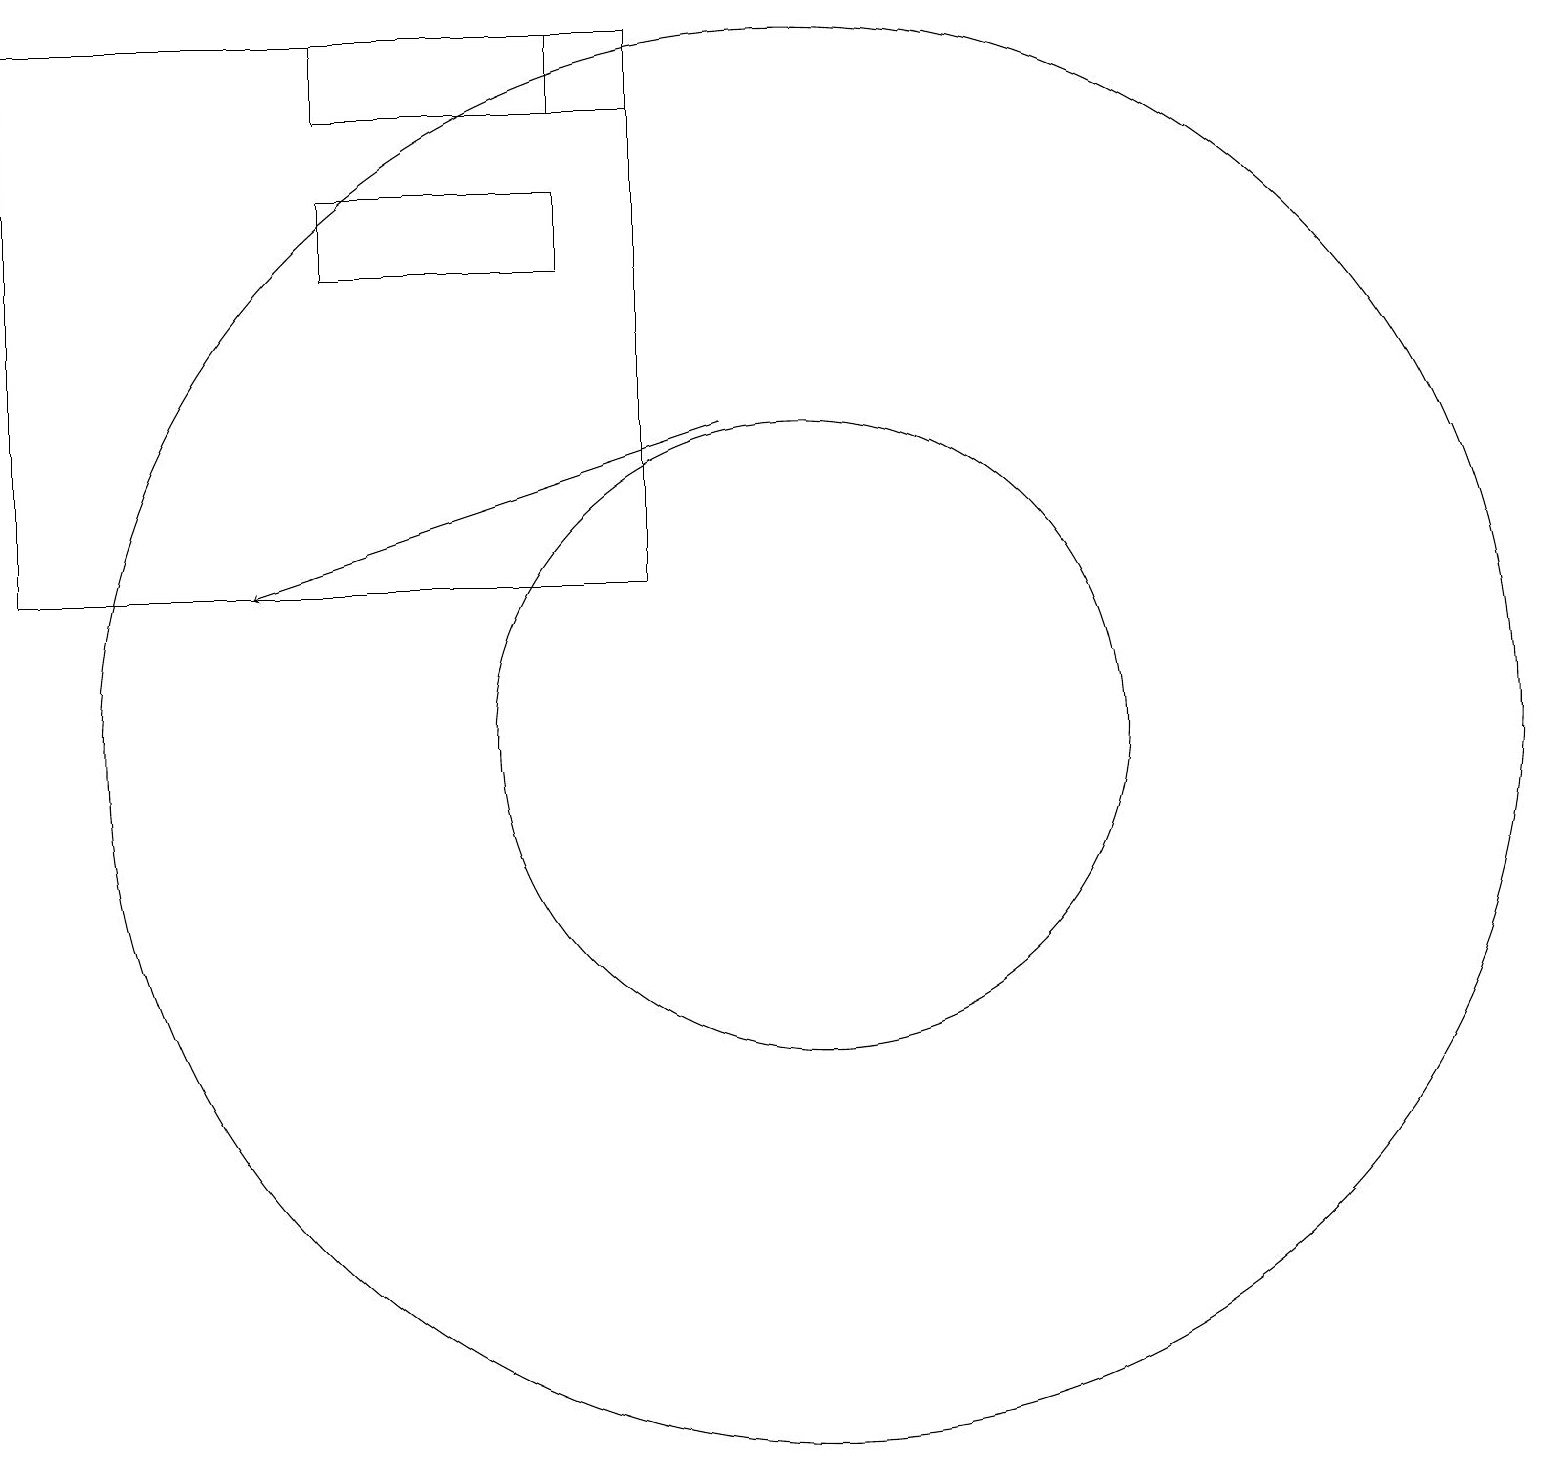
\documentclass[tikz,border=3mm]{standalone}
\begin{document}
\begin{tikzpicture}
\draw (10,10) circle (9);
\draw (8,18) rectangle (7,19);
\draw (10,10) circle (4);
\draw (8,12) rectangle (0,19);
\draw (7,19) rectangle (4,18);
\draw (6,12) rectangle (4,12);
\draw (4,16) rectangle (7,17);
\draw[->] (9,14) -- (3,12);
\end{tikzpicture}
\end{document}